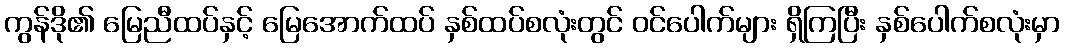
ကွန်ဒို၏ မြေညီထပ်နှင့် မြေအောက်ထပ် နှစ်ထပ်စလုံးတွင် ဝင်ပေါက်များ ရှိကြပြီး နှစ်ပေါက်စလုံးမှာ